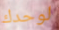
لوحدك